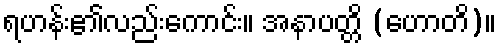
ရဟန်း၏လည်းကောင်း။ အနာပတ္တိ (ဟောတိ)။